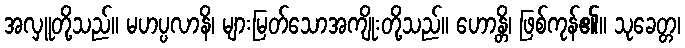
အလှူတို့သည်။ မဟပ္ပလာနိ၊ များမြတ်သောအကျိုးတို့သည်။ ဟောန္တိ၊ ဖြစ်ကုန်၏။ သုခေတ္တ၊